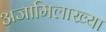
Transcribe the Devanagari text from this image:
अजामिलाख्या